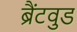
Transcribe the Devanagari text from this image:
ब्रैंटवुड